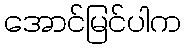
အောင်မြင်ပါက